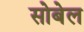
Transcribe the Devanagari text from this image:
सोबेल